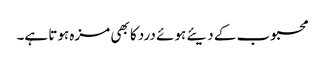
محبوب کے دیئے ہوئے درد کا بھی مزہ ہوتا ہے۔